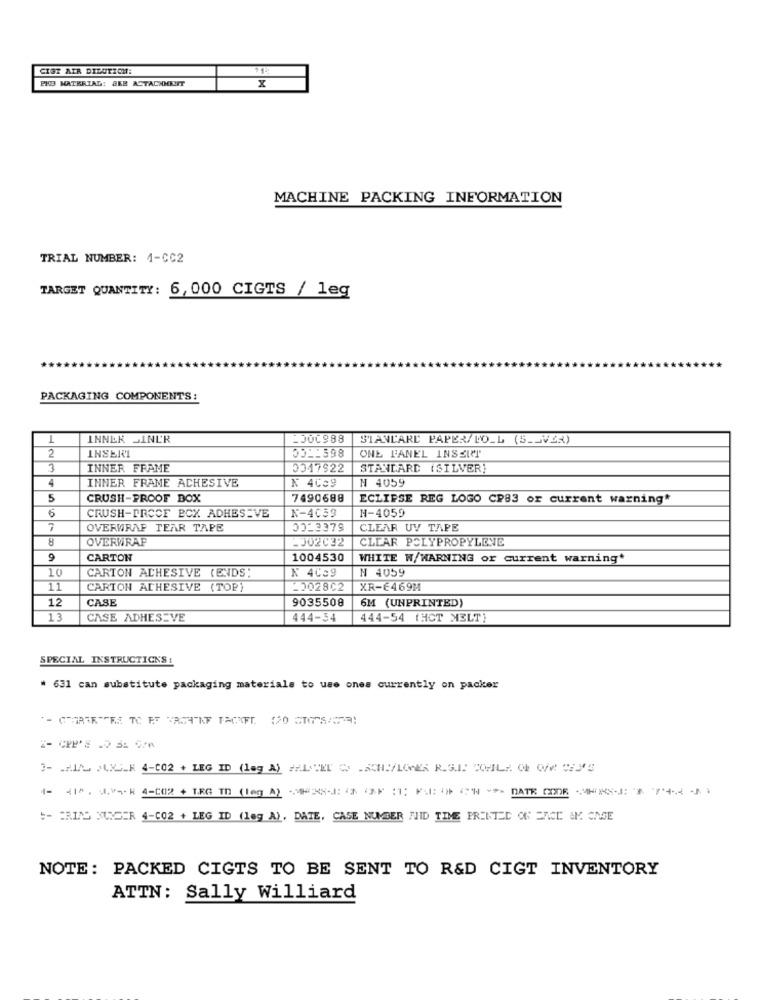
CIST AIR DILUTION:
714
PHO MATKRING: SEB ACTACHMENT
x
MACHINE PACKING INFORMATION
TRIAL NUMBER: 4-CC2
TARGET QUANTITY: 6,000 CIGTS / leg
PACKAGING COMPONENTS:
L
INNER SINL'R
1000988
STANDARD PAPER/LO_L (S.JVE2)
2
INSERT
33_1598
ONE PANEL INSERT
3
INNER FRAME
0347922
STANDARD (SILVER)
4
INNER FRAME ACHESIVE
N 4059
K 4Ce9
5
CRUSH-PROOF DOX
7490688
ECLIPSE REG LOGO CP83 or current warning*
6
N-4059
N-4059
CRUSH-PRCCF BCX ADHESIVE
7
OVERWRAP TEAR TAPE
CLEAR UV TAPE
8
OVERWRAP
-002032
CLEAR POLYPROPYLENE
9
CARTON
1004530
WHITE W/WARNING or current warning"
CARTON ADHESIVE (ENDS:
N 4039
N 4059
10
11
CARTON ADHESIVE (TOP)
2202802
XR-6469M
12
CASE
9035508
6M (UNPRINTED)
13
CASE ADHESIVE
444-34
444-54 (HOT MELT)
SPECIAL INSTRUCTIONS:
# 631 can substitute packaging materials to use ones currently on packer
3- HIAL JUNE_ 4-002 + LEG ID (leg A) FALTEL C -ACHI/LOWER R.S.I: CO-IL .. CE OM6 'S
1- 210. 30H 4-002 + TRG TD (leg A) MER8-14% DPH1; MANDAT
:- ERING NUDER 4-CO2 + LEG ID (leg A). DATE, CASE NUMBER AHID TIME PRINTED ON ENCE &K CASE
NOTE: PACKED CIGTS TO BE SENT TO R&D CIGT INVENTORY
ATTN: Sally Williard